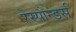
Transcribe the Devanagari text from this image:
रेस्पोन्डर्स